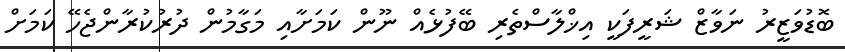
ބޮޑުވަޒީރު ނަވާޒް ޝަރީފަކީ އިޚްލާސްތެރި ބޭފުޅެއް ނޫން ކަމަށާއި މަގާމުން ދުރުކުރާންޖެހޭ ކަމަށް